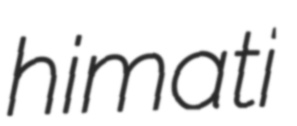
himati